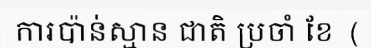
ការប៉ាន់ស្មាន ជាតិ ប្រចាំ ខែ  (